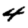
Digit: 4